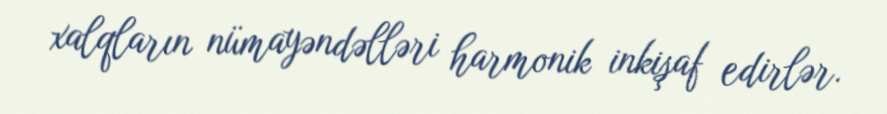
xalqların nümayəndəlləri harmonik inkişaf edirlər.